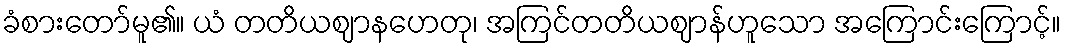
ခံစားတော်မူ၏။ ယံ တတိယဈာနဟေတု၊ အကြင်တတိယဈာန်ဟူသော အကြောင်းကြောင့်။